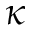
\kappa